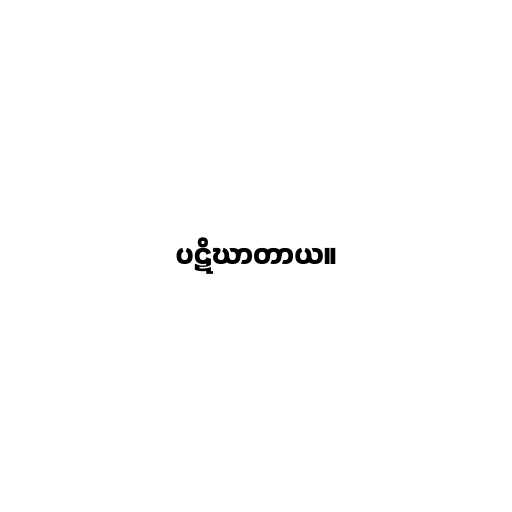
ပဋိဃာတာယ။